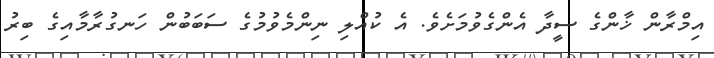
އިމްރާން ޚާންގެ ސީދާ އެންގެވުމަށެވެ. އެ ކުއްލި ނިންމެވުމުގެ ސަބަބުން ހަނގުރާމާއިގެ ބިރު